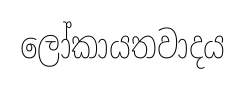
ලෝකායතවාදය